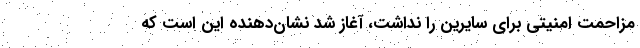
مزاحمت امنيتي براي سايرين را نداشت، آغاز شد نشان‌دهنده اين است كه